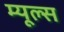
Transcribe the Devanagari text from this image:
म्यूल्स